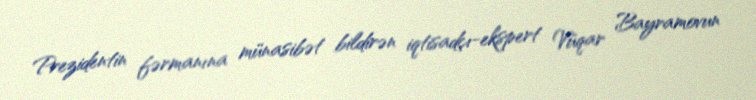
Prezidentin fərmanına münasibət bildirən iqtisadçı-ekspert Vüqar Bayramovun